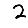
Digit: 2